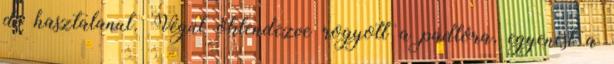
de hasztalanul. Végül öklendezve rogyott a padlóra, egyenest a